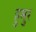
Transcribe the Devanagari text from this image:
हुमुर